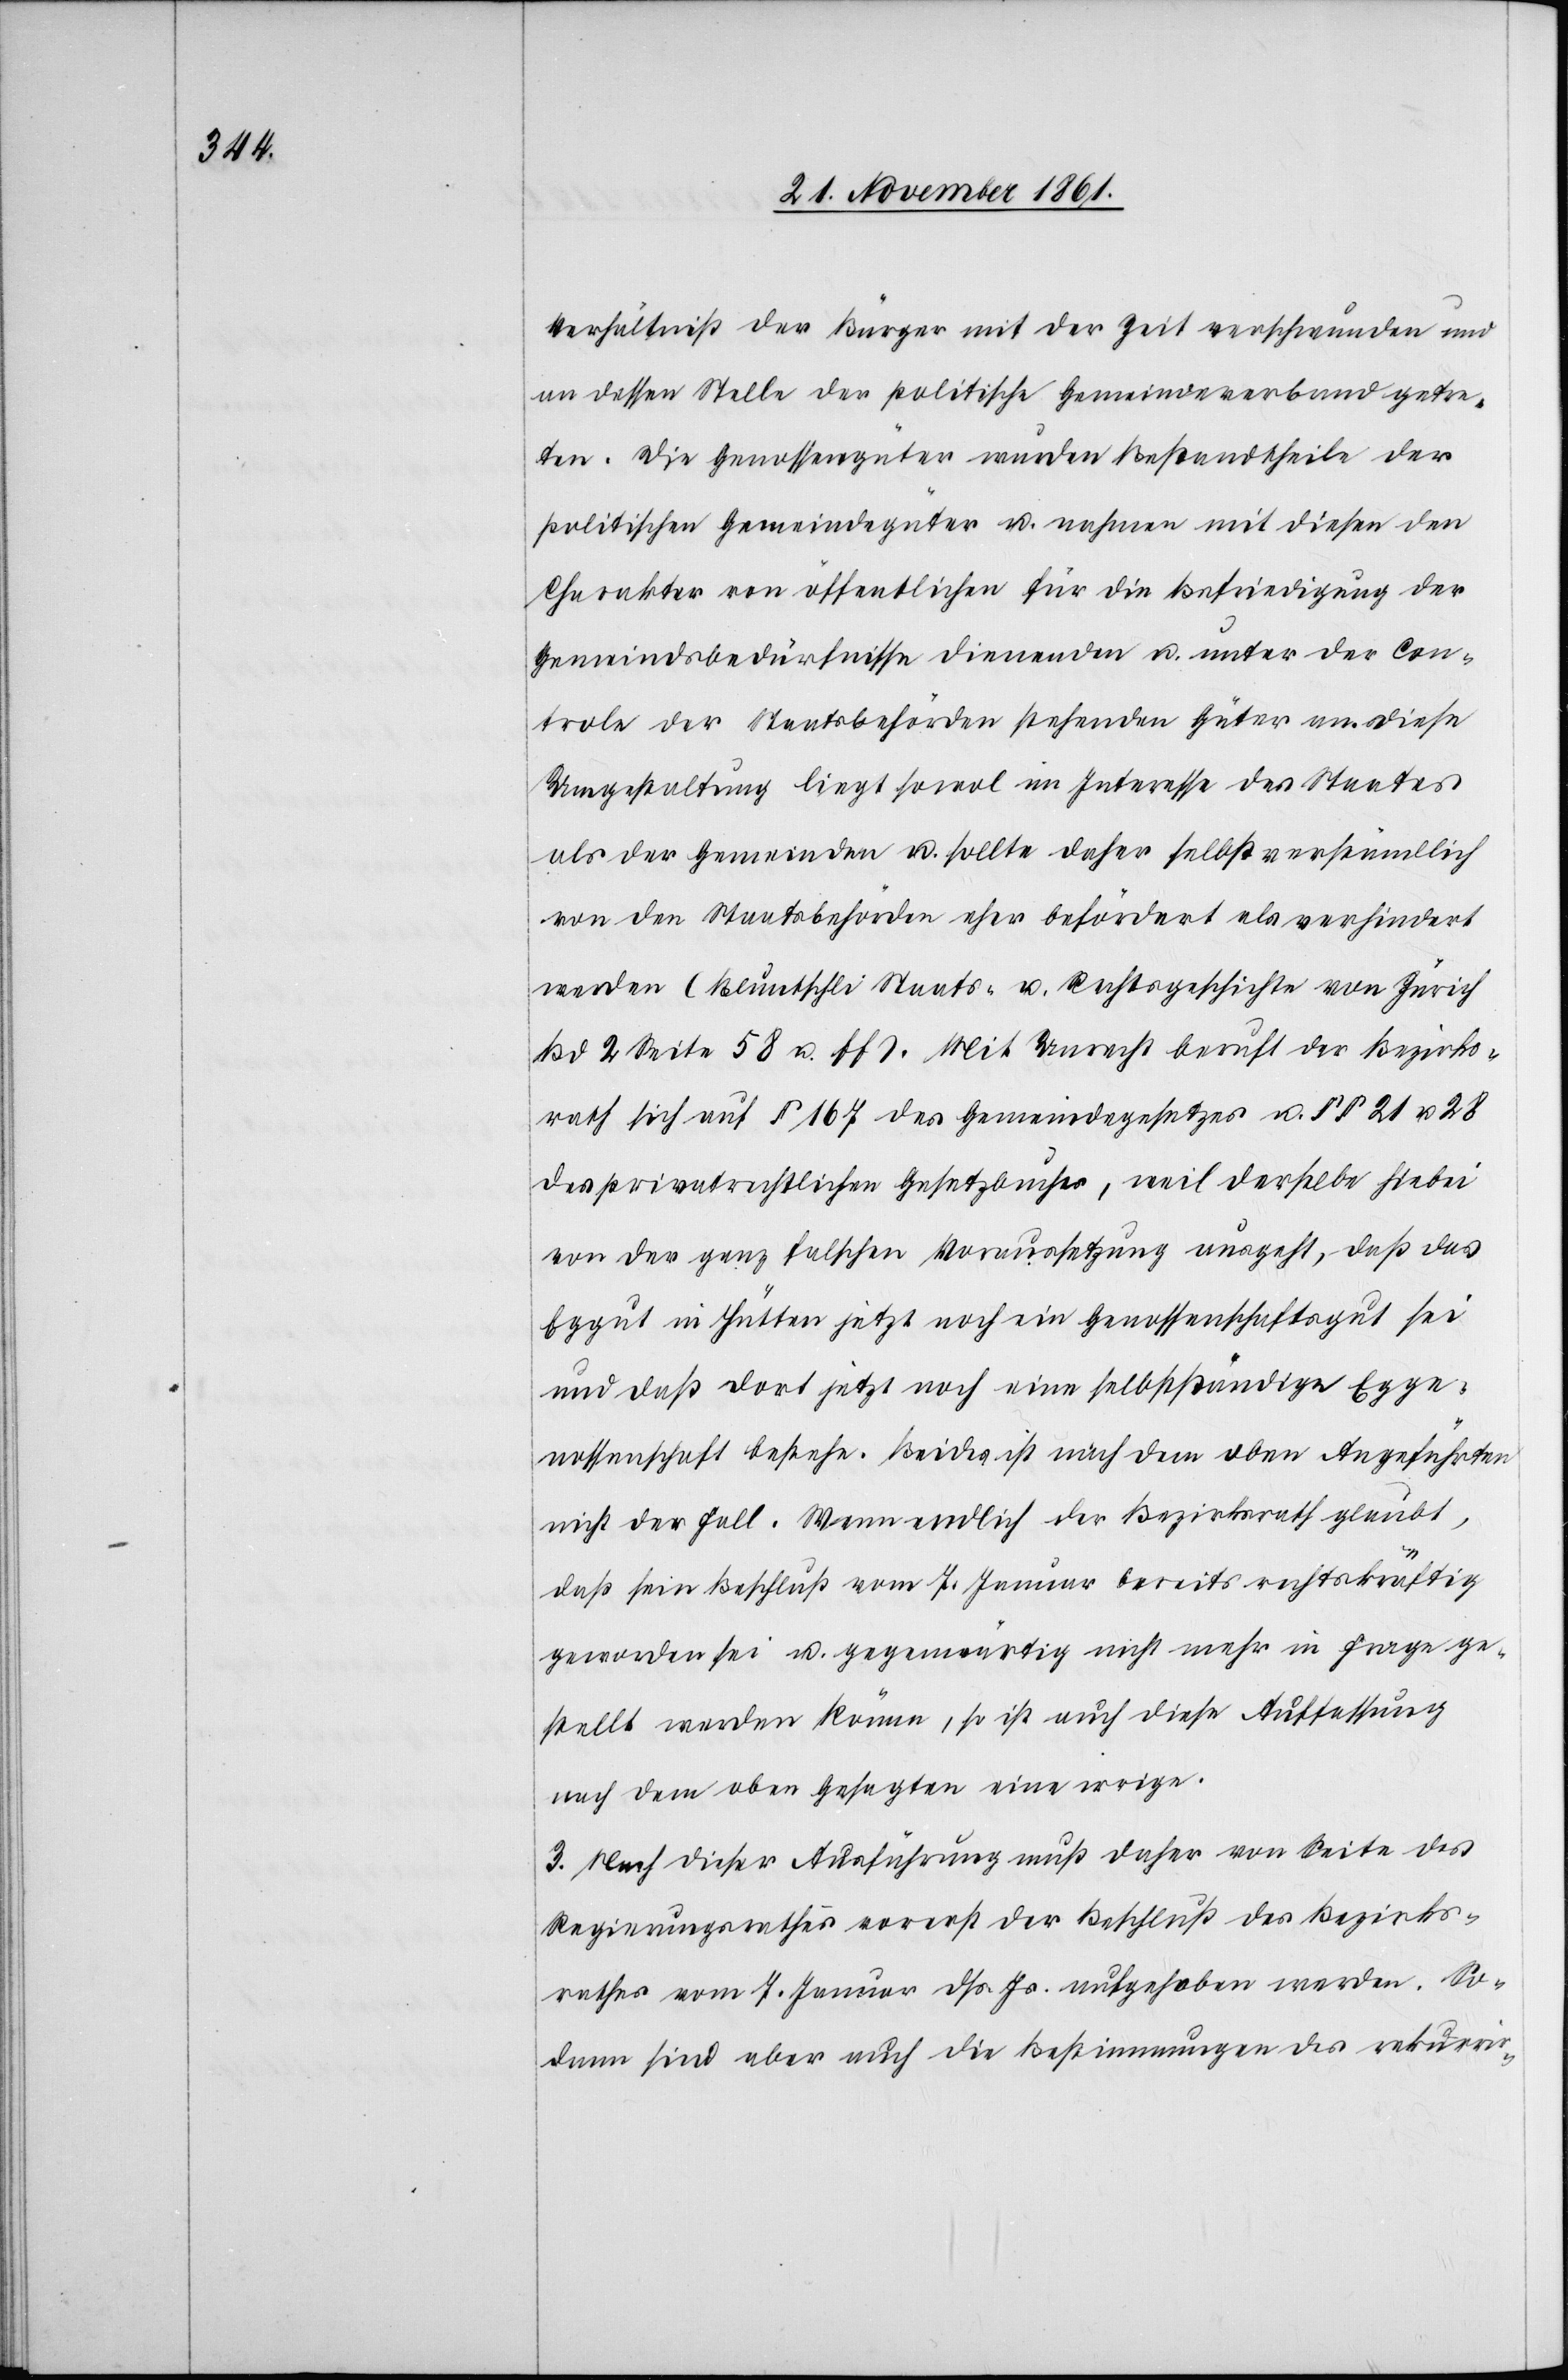
Verhältniß der Bürger mit der Zeit verschwunden und
an dessen Stelle der politische Gemeindeverband getre¬
ten. Die Genossengüter wurden Bestandtheile der
politischen Gemeindgüter u. nahmen mit diesen den
Charakter von öffentlichen für die Befriedigung der
Gemeindsbedürfnisse dienenden u. unter der Con¬
trole der Staatsbehörden stehenden Güter an. Diese
Umgestaltung liegt sowol im Interesse des Staates
als der Gemeinden u. sollte daher selbstverständlich
von den Staatsbehörden eher befördert als verhindert
werden (Bluntschli Staats- u. Rechtsgeschichte von Zürich
Bd 2 Seite 58 u. ff). Mit Unrecht beruft der Bezirks¬
rath sich auf § 167 des Gemeindegesetzes u. §§ 21 u. 28
des privatrechtlichen Gesetzbuches, weil derselbe hiebei
von der ganz falschen Vorraussetzung ausgeht, daß das
Eggut in Hütten jetzt noch ein Genossenschaftsgut sei
und das dort jetzt noch eine selbständige Egge¬
nossenschaft bestehe. Beides ist nach dem oben Angeführten
nicht der Fall. Wenn endlich der Bezirksrath glaubt,
daß sein Beschluß vom 7 Januar bereits rechtskräftig
geworden sei u. gegenwärtig nicht mehr in Frage ge¬
stellt werden können, so ist auch diese Auffassung
nach dem oben Gesagten eine irrige.
3. Nach dieser Ausführung muß daher von Seite des
Regierungsrathes vorerst der Beschluß des Bezirks¬
rathes vom 7 Januar dß. Js. aufgehoben werden. So¬
dann sind aber auch die Bestimmungen des rekurrir-